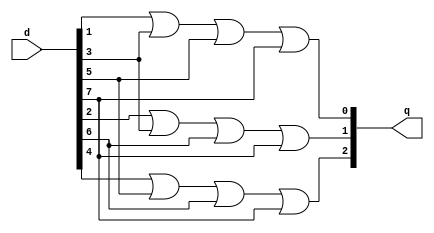
`timescale 1ns / 1ps
//////////////////////////////////////////////////////////////////////////////////
// Company: 
// Engineer: 
// 
// Design Name: 
// Module Name: PriorityEncoder
// Project Name: 
// Target Devices: 
// Tool Versions: 
// Description: 
// 
// Dependencies: 
// 
// Revision:
// Revision 0.01 - File Created
// Additional Comments:
// 
//////////////////////////////////////////////////////////////////////////////////


module PriorityEncoder( q, d);

input [7:0] d;
output  [2:0] q;

//always@(d)
//begin
//    casex(d)
//    8'b00000001 : q = 3'b000;
//    8'b0000001x : q = 3'b001;
//    8'b000001xx : q = 3'b010;
//    8'b00001xxx : q = 3'b011;
//    8'b0001xxxx : q = 3'b100;
//    8'b001xxxxx : q = 3'b101;
//    8'b01xxxxxx : q = 3'b110;
//    8'b1xxxxxxx : q = 3'b111;
//    default: q = 3'bxxx;
    
//    endcase
//end

//endmodule
assign q[0] = d[1] || d[3] || d[5] || d[7];
assign q[1] = d[2] || d[3] || d[6] || d[7];
assign q[2] = d[4] || d[5] || d[6] || d[7];

endmodule